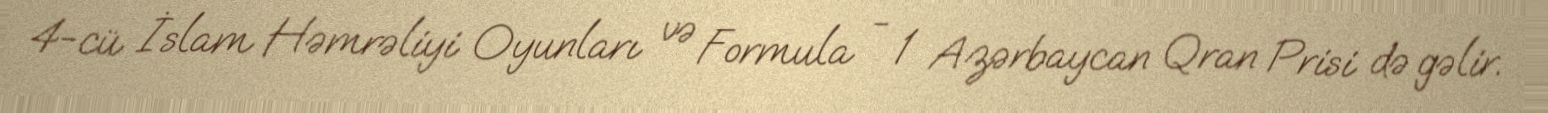
4-cü İslam Həmrəliyi Oyunları və Formula - 1 Azərbaycan Qran Prisi də gəlir.